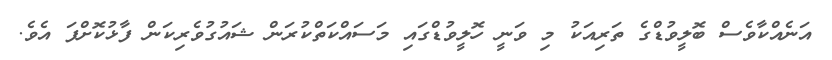
އަނެއްކާވެސް ބޮލީވުޑްގެ ތަރިއަކު މި ވަނީ ހޮލީވުޑްގައި މަސައްކަތްކުރަން ޝައުގުވެރިކަން ފާޅުކޮށްފަ އެވެ.